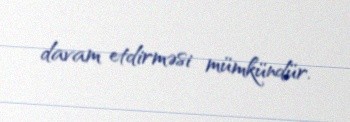
davam etdirməsi mümkündür.